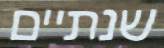
שנתיים